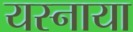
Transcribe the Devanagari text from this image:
यस्नाया